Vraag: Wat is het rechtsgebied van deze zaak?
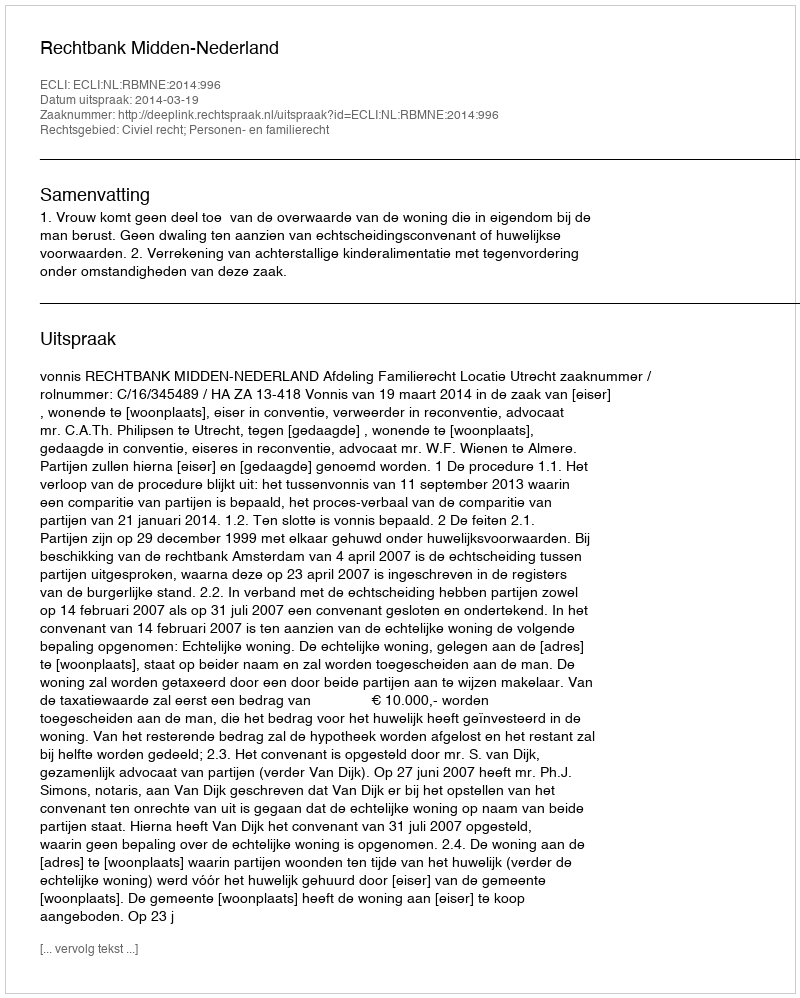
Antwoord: Civiel recht; Personen- en familierecht